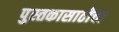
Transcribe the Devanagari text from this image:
पुस्तकासाठीचा